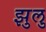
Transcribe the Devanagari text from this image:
झुलु